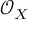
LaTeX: { \mathcal { O } } _ { X }